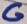
Text: G